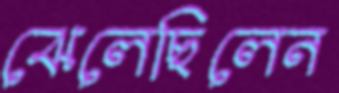
ঝেলেছিলেন